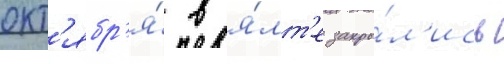
окт'ябр'я́ в я́лт'е закры́л'ись